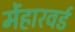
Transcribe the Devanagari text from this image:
मेंहारवर्ड